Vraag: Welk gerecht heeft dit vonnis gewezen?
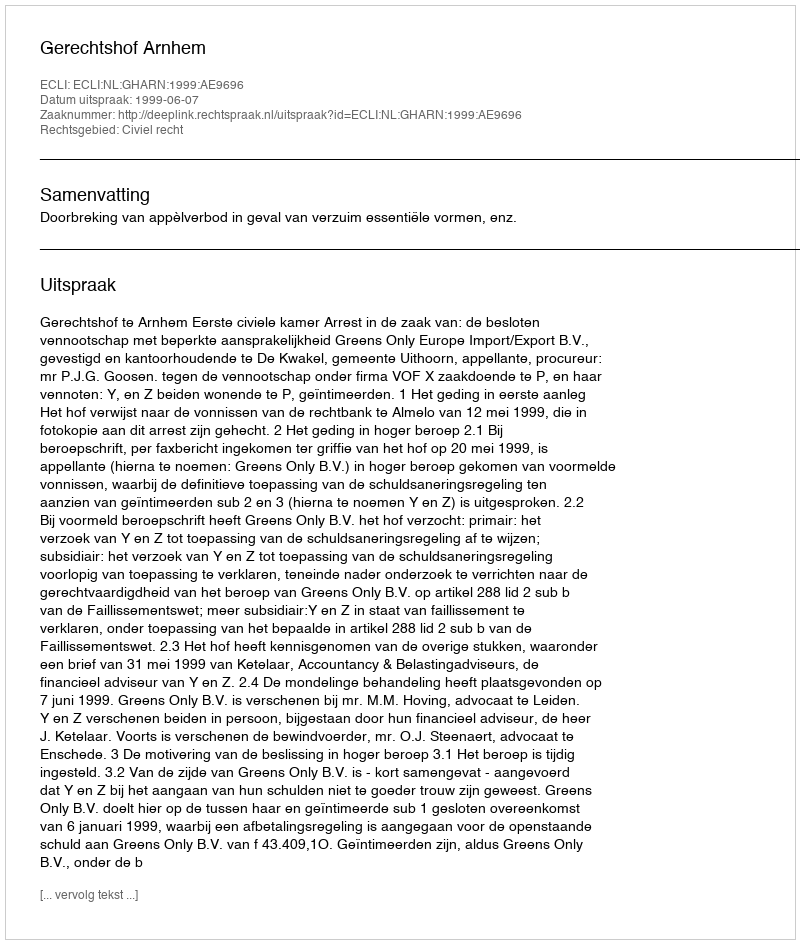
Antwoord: Gerechtshof Arnhem